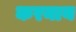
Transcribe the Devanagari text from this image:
करनाय